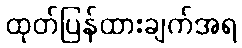
ထုတ်ပြန်ထားချက်အရ